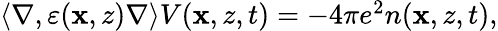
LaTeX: \begin{array}{r}{\langle\nabla,\varepsilon(\mathbf{x},z)\nabla\rangle V(\mathbf{x},z,t)=-4\pi e^{2}n(\mathbf{x},z,t),}\end{array}